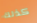
كذلك